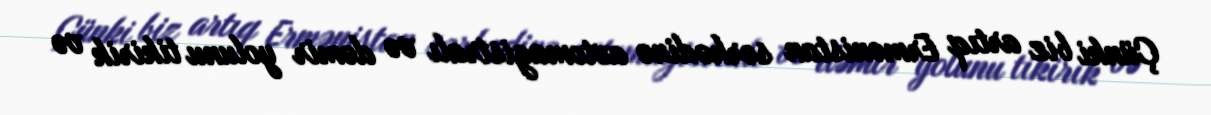
Çünki biz artıq Ermənistan sərhədinə avtomagistralı və dəmir yolunu tikirik və